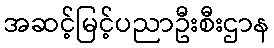
အဆင့်မြင့်ပညာဦးစီးဌာန